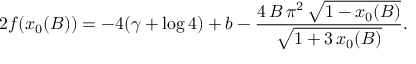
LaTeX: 2 f ( x _ { 0 } ( B ) ) = - 4 ( \gamma + \log 4 ) + b - \frac { 4 \, B \, { \pi } ^ { 2 } \, { \sqrt { 1 - x _ { 0 } ( B ) } } } { { \sqrt { 1 + 3 \, x _ { 0 } ( B ) } } } .